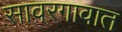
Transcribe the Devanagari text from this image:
सावरगावात